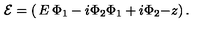
{ \cal E } = \left( \begin{matrix} { E } & { \Phi _ { 1 } - i \Phi _ { 2 } } \\ { \Phi _ { 1 } + i \Phi _ { 2 } } & { - z } \\ \end{matrix} \right) .